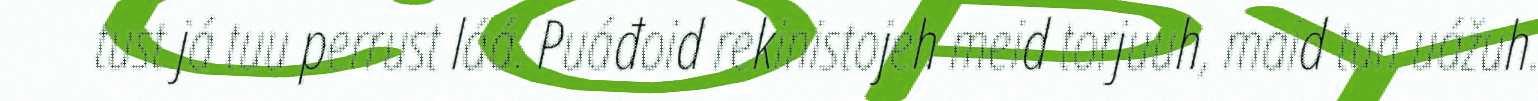
tust já tuu perrust láá. Puáđoid rekinistojeh meid torjuuh, maid tun uážuh.